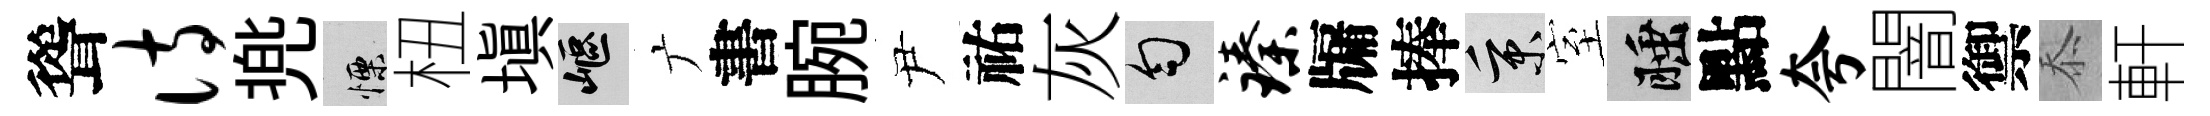
聳诗兠慄杻塡嶇广書腕尹祐灰匀臻牖捧秉室睡點夸闇禦忝軒